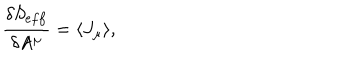
LaTeX: \frac { \delta S _ { e f f } } { \delta A ^ { \mu } } = \langle J _ { \mu } \rangle ,